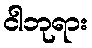
ငါဘုရား